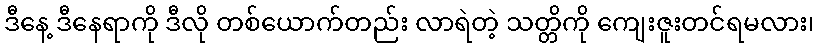
ဒီနေ့ ဒီနေရာကို ဒီလို တစ်ယောက်တည်း လာရဲတဲ့ သတ္တိကို ကျေးဇူးတင်ရမလား၊